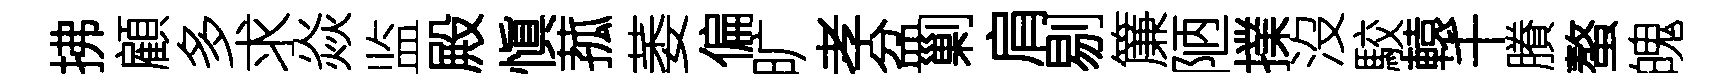
拂顧多求焱监殿愼菰萎偏旷孝盆剿肩剔簾陋擈沒駮轅千賸螯魄